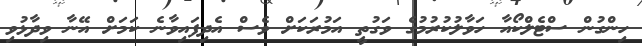
ހިންގުން ސްޓެލްކޯއާ ހަވާލުކުރުމުގެ ވަގުތީ އަމުރަކަށް ވެސް އެދިފައިވާނެ ކަމަށް އޭނާ ވިދާޅުވި